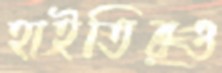
হাইতিরও